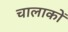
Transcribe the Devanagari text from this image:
चालाकों